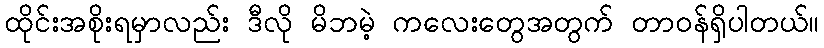
ထိုင်းအစိုးရမှာလည်း ဒီလို မိဘမဲ့ ကလေးတွေအတွက် တာဝန်ရှိပါတယ်။